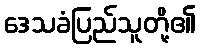
ဒေသခံပြည်သူတို့၏